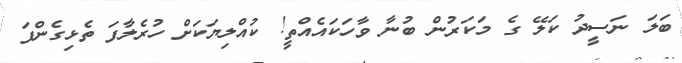
ބަލަ ނަސީދު ކަލޭ ގެ މަކަރުން ބުނާ ވާހަކައެއްތީ! ކުއްލިޔަަކަށް ހުރެލާފަ ތެޅިގެންފަ